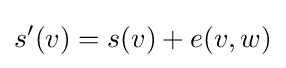
s'(v)=s(v)+e(v,w)